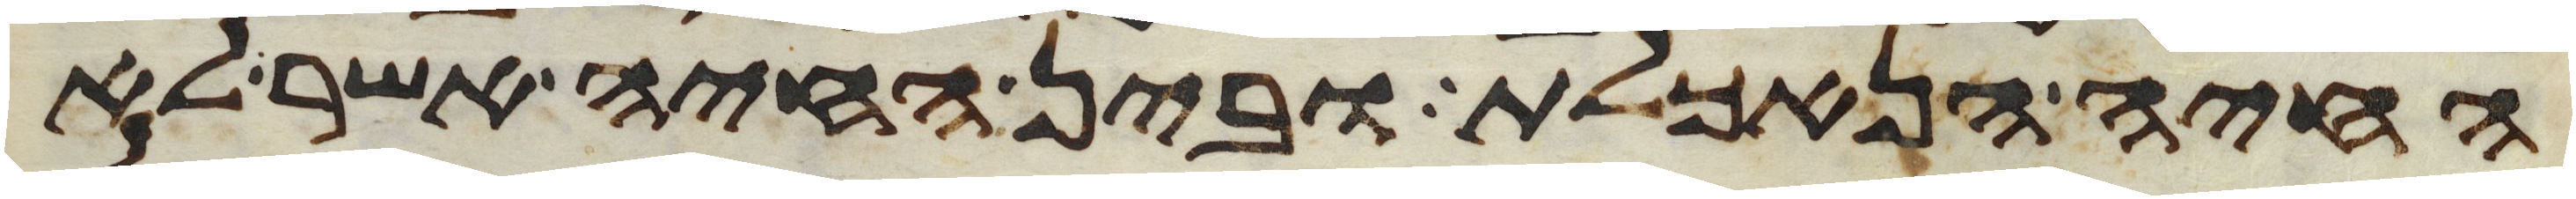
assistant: החיה הנאכלת ובין החיה אשר לא